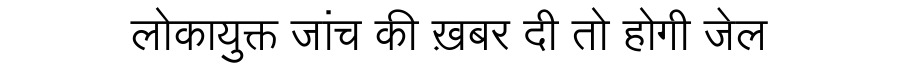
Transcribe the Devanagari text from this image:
लोकायुक्त जांच की ख़बर दी तो होगी जेल